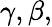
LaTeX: \gamma,\beta,